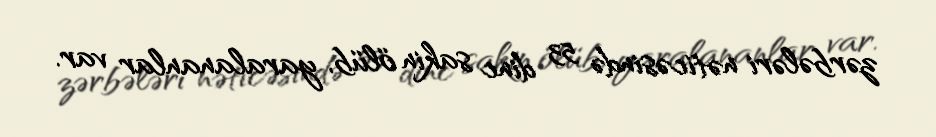
zərbələri nəticəsində 53 dinc sakin ölüb, yaralananlar var.